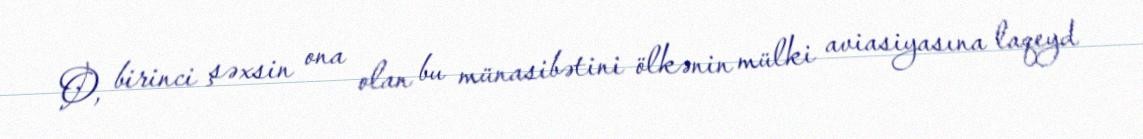
O, birinci şəxsin ona olan bu münasibətini ölkənin mülki aviasiyasına laqeyd